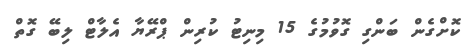
ކޮށްގެން ބަންގި ގޮވުމުގެ 15 މިނިޓު ކުރިން ޕްރޭޔާ އެލާޓް ލިބޭ ގޮތް